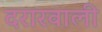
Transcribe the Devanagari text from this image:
दरारवाली